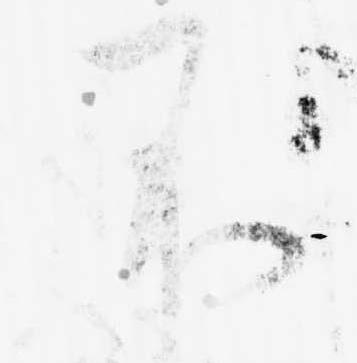
不